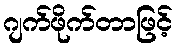
ဂျက်ဖိုက်တာဖြင့်